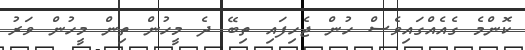
ކޮންމެ ގެއެއްގައިވެސް ހުން ޖެހިފައި ތިބޭ ދެ މީހުން ތިން މީހުން ވަރު